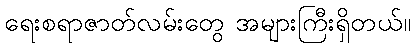
ရေးစရာဇာတ်လမ်းတွေ အများကြီးရှိတယ်။